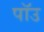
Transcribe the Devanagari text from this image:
पॉउ